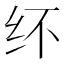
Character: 𰫽